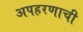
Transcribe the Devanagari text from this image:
अपहरणाची